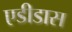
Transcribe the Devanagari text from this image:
एडीडास